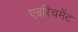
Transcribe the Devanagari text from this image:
एन्ररिचमेंट